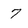
Character: 7